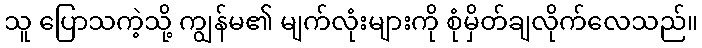
သူ ပြောသကဲ့သို့ ကျွန်မ၏ မျက်လုံးများကို စုံမှိတ်ချလိုက်လေသည်။